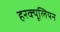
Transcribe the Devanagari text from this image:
हरक्यूलियन